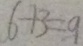
6 + 3 = 9